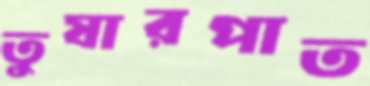
তুষারপাত